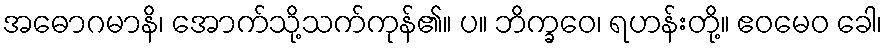
အဓောဂမာနိ၊ အောက်သို့သက်ကုန်၏။ ပ။ ဘိက္ခဝေ၊ ရဟန်းတို့။ ဧဝမေဝ ခေါ၊